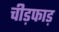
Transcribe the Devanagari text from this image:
चीड़फाड़